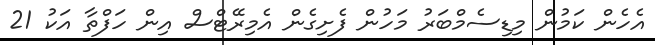
އެހެން ކަމުން މިޑިސެމްބަރު މަހުން ފެށިގެން އެމިރޭޓްސް އިން ހަފްތާ އަކު 21